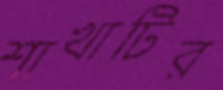
শাখাটির